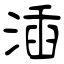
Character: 㴙